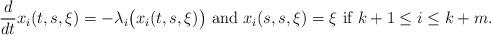
LaTeX: \begin{align*}\frac{d}{d t} x_i(t, s, \xi) = - \lambda_i \big(x_i(t, s, \xi) \big) \mbox{ and } x_i(s, s, \xi) = \xi \mbox{ if } k+1 \le i \le k+ m.\end{align*}